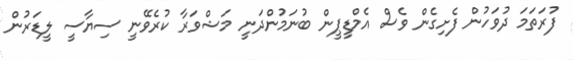
ފުރަތަމަ ދުވަހުން ފެށިގެން ވެސް އެމްޑީޕީން ބުނަމުންދަނީ މަޝްވަރާ ކުރެވޭނީ ސިޔާސީ ލީޑަރުން